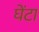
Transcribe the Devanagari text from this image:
घेंटा